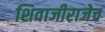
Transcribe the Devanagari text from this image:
शिवाजीराजेच